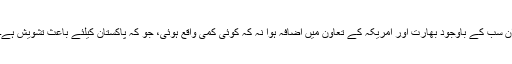
ان سب کے باوجود بھارت اور امریکہ کے تعاون میں اضافہ ہوا نہ کہ کوئی کمی واقع ہوئی، جو کہ پاکستان کیلئے باعث تشویش ہے۔